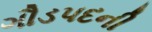
ગૌડપદની